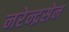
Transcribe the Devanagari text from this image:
नरेन्द्रसेन